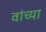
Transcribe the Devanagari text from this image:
वांच्या